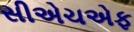
સીએચએફ